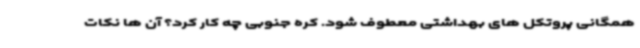
همگانی پروتکل های بهداشتی معطوف شود. کره جنوبی چه کار کرد؟ آن ها نکات